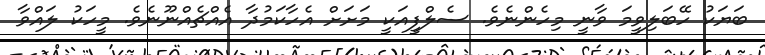
ބަޔަކު ހޭބަލިވީމަ ވާނީ މިހެންނެވެ. ސެލްފީއަކީ މަށަށް އެހާކަމުދާ އެއްޗެއްނޫނެވެ. މީހަކު ލައްވާ